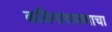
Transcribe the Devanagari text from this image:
कविनारायणाचा